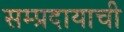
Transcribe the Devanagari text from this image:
सम्प्रदायाची